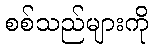
စစ်သည်များကို